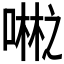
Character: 𪢇